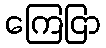
ကြေငြာ